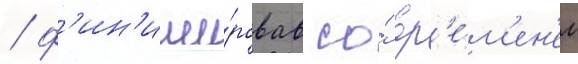
/ ф'ин'иши́ровав со́ вр'е́м'ен'ем